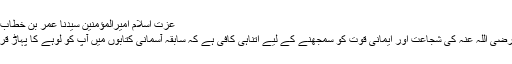
عزت اسلام امیرالمؤمنین سیدنا عمر بن خطاب رضی اللہ عنہ​
حضرت عمر رضی اللہ عنہ کی شجاعت اور ایمانی قوت کو سمجھنے کے لیے اتناہی کافی ہے کہ سابقہ آسمانی کتابوں میں آپ کو لوہے کا پہاڑ قرار دیا گیا ہے ۔